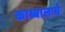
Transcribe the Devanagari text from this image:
काब्बालःचे